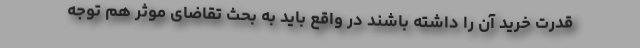
قدرت خرید آن را داشته باشند در واقع باید به بحث تقاضای موثر هم توجه